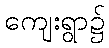
ကျေးရွာ၌